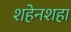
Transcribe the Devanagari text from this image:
शहेनशहा